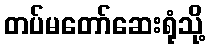
တပ်မတော်ဆေးရုံသို့